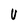
Character: V